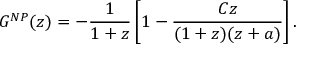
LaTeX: G ^ { N P } ( z ) = - { \frac { 1 } { 1 + z } } \left[ 1 - { \frac { C z } { ( 1 + z ) ( z + a ) } } \right] .